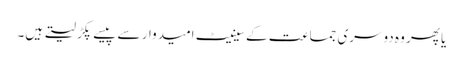
یا پھر وہ دوسری جماعت کے سینیٹ امیدوار سے پیسے پکڑ لیتے ہیں۔